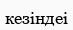
кезіндеі